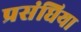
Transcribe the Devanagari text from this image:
प्रसंघिया